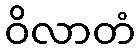
ဝိလာတံ